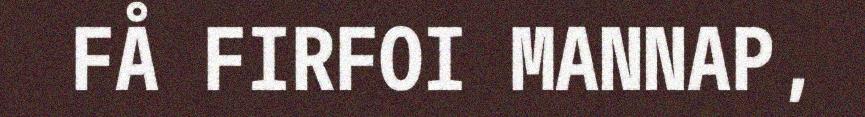
FÅ FIRFOI MANNAP,